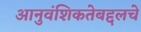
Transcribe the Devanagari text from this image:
आनुवंशिकतेबद्दलचे